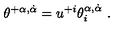
\theta ^ { + \alpha , \dot { \alpha } } = u ^ { + i } \theta _ { i } ^ { \alpha , \dot { \alpha } } \ .